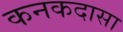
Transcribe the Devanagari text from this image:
कनकदासा